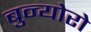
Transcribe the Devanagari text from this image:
बुन्योरो